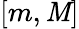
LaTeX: [m,\mathit{M}]